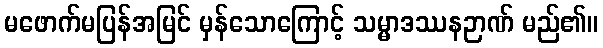
မဖောက်မပြန်အမြင် မှန်သောကြောင့် သမ္မာဒဿနဉာဏ် မည်၏။